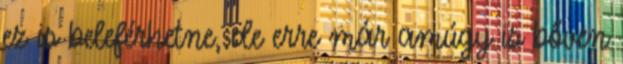
ez is beleférhetne, de erre már amúgy is bőven